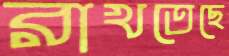
রাখতেছে